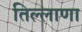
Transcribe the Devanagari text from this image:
तिल्लाणा